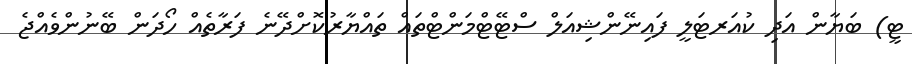
ޓީ) ބަޔާން އަދި ކުއަރޓަލީ ފައިނޭންޝިއަލް ސްޓޭޓްމަންޓްތައް ތައްޔާރުކޮށްދޭނެ ފަރާތެއް ހޯދަން ބޭނުންވެއްޖެ